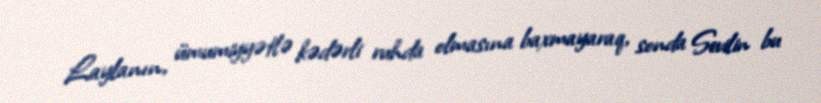
Laylanın, ümumiyyətlə kədərli ruhda olmasına baxmayaraq, sonda Sevilin bu